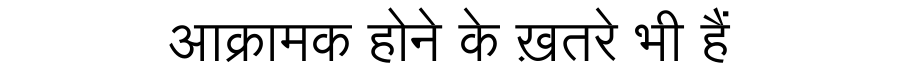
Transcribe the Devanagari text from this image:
आक्रामक होने के ख़तरे भी हैं